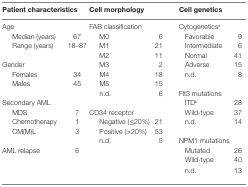
<table><thead><tr><td colspan="2"><b>Patient characteristics</b></td><td colspan="2"><b>Cell morphology</b></td><td colspan="2"><b>Cell genetics</b></td></tr></thead><tbody><tr><td colspan="2">Age</td><td colspan="2">FAB classification</td><td colspan="2">Cytogenetics<sup>a</sup></td></tr><tr><td> Median (years)</td><td> 67</td><td> M0</td><td> 6</td><td> Favorable</td><td> 9</td></tr><tr><td> Range (years)</td><td> 18–87</td><td> M1</td><td> 21</td><td> Intermediate</td><td> 6</td></tr><tr><td colspan="2"></td><td> M2</td><td> 11</td><td> Normal</td><td> 41</td></tr><tr><td colspan="2">Gender</td><td> M3</td><td> 2</td><td> Adverse</td><td> 15</td></tr><tr><td> Females</td><td> 34</td><td> M4</td><td> 18</td><td> n.d.</td><td> 8</td></tr><tr><td> Males</td><td> 45</td><td> M5</td><td> 15</td><td colspan="2"></td></tr><tr><td colspan="2"></td><td> n.d.</td><td> 6</td><td colspan="2">Flt3 mutations</td></tr><tr><td colspan="4">Secondary AML</td><td> ITD<sup>b</sup></td><td> 28</td></tr><tr><td> MDS</td><td> 7</td><td colspan="2">CD34 receptor</td><td> Wild-type</td><td> 37</td></tr><tr><td> Chemotherapy</td><td> 1</td><td> Negative (≤20%)</td><td> 21</td><td> n.d.</td><td> 14</td></tr><tr><td> CM(M)L</td><td> 3</td><td> Positive (&gt;20%)</td><td> 53</td><td colspan="2"></td></tr><tr><td colspan="2"></td><td> n.d.</td><td> 5</td><td colspan="2">NPM1 mutations</td></tr><tr><td>AML relapse</td><td> 6</td><td></td><td></td><td> Mutated</td><td> 26</td></tr><tr><td colspan="2"></td><td></td><td></td><td> Wild-type</td><td> 40</td></tr><tr><td colspan="2"></td><td></td><td></td><td> n.d.</td><td> 13</td></tr></tbody></table>